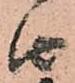
由